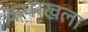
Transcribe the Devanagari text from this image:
कपरखला